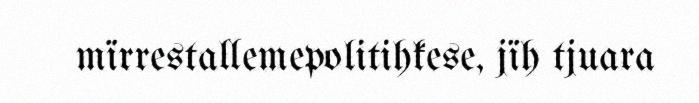
mïrrestallemepolitihkese, jïh tjuara